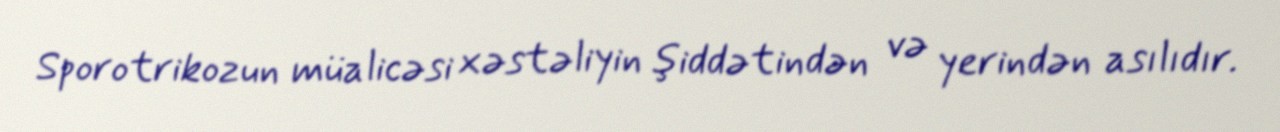
Sporotrikozun müalicəsi xəstəliyin şiddətindən və yerindən asılıdır.